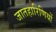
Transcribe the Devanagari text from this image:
जातहारिणियों